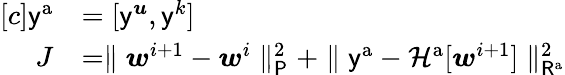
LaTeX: \begin{array}{rl}{[c]\mathsf{y}^{\mathrm{a}}}&{=[\mathsf{y}^{\boldsymbol{u}},\mathsf{y}^{k}]}\\ {J}&{=\parallel\boldsymbol{w}^{i+1}-\boldsymbol{w}^{i}\parallel_{\mathsf{P}}^{2}+\parallel\mathsf{y}^{\mathrm{a}}-\mathcal{H}^{\mathrm{a}}[\boldsymbol{w}^{i+1}]\parallel_{\mathsf{R}^{\mathrm{a}}}^{2}}\end{array}